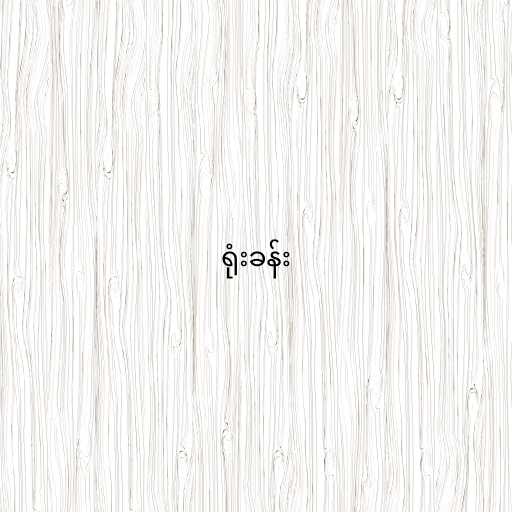
ရုံးခန်း